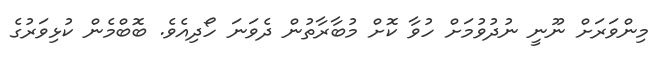
މިންވަރަށް ނޫނީ ނުދުވުމަށް ހުވާ ކޮށް މުބާރާތުން ދެވަނަ ހޯދިއެވެ. ބޮބްމެން ކުޅިވަރުގެ